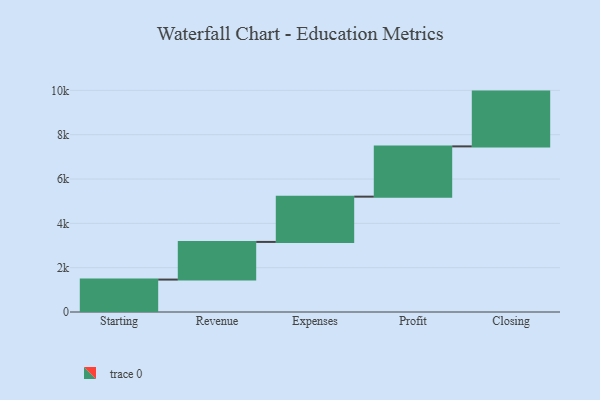
{"axis": {"x": "Step", "y": "Value"}, "legend": [""], "data": [{"x": "Starting", "y": 1463.0, "type": ""}, {"x": "Revenue", "y": 1699.0, "type": ""}, {"x": "Expenses", "y": 2043.0, "type": ""}, {"x": "Profit", "y": 2268.0, "type": ""}, {"x": "Closing", "y": 2472.0, "type": ""}]}